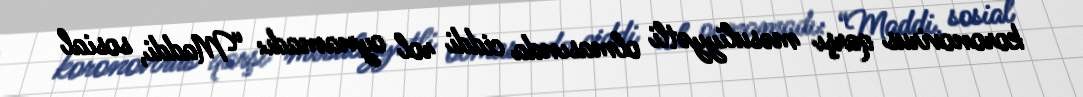
koronovirus qarşı məsuliyyətli olmasında ciddi rol oynamadı: “Maddi, sosial